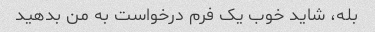
بله، شاید خوب یک فرم درخواست به من بدهید